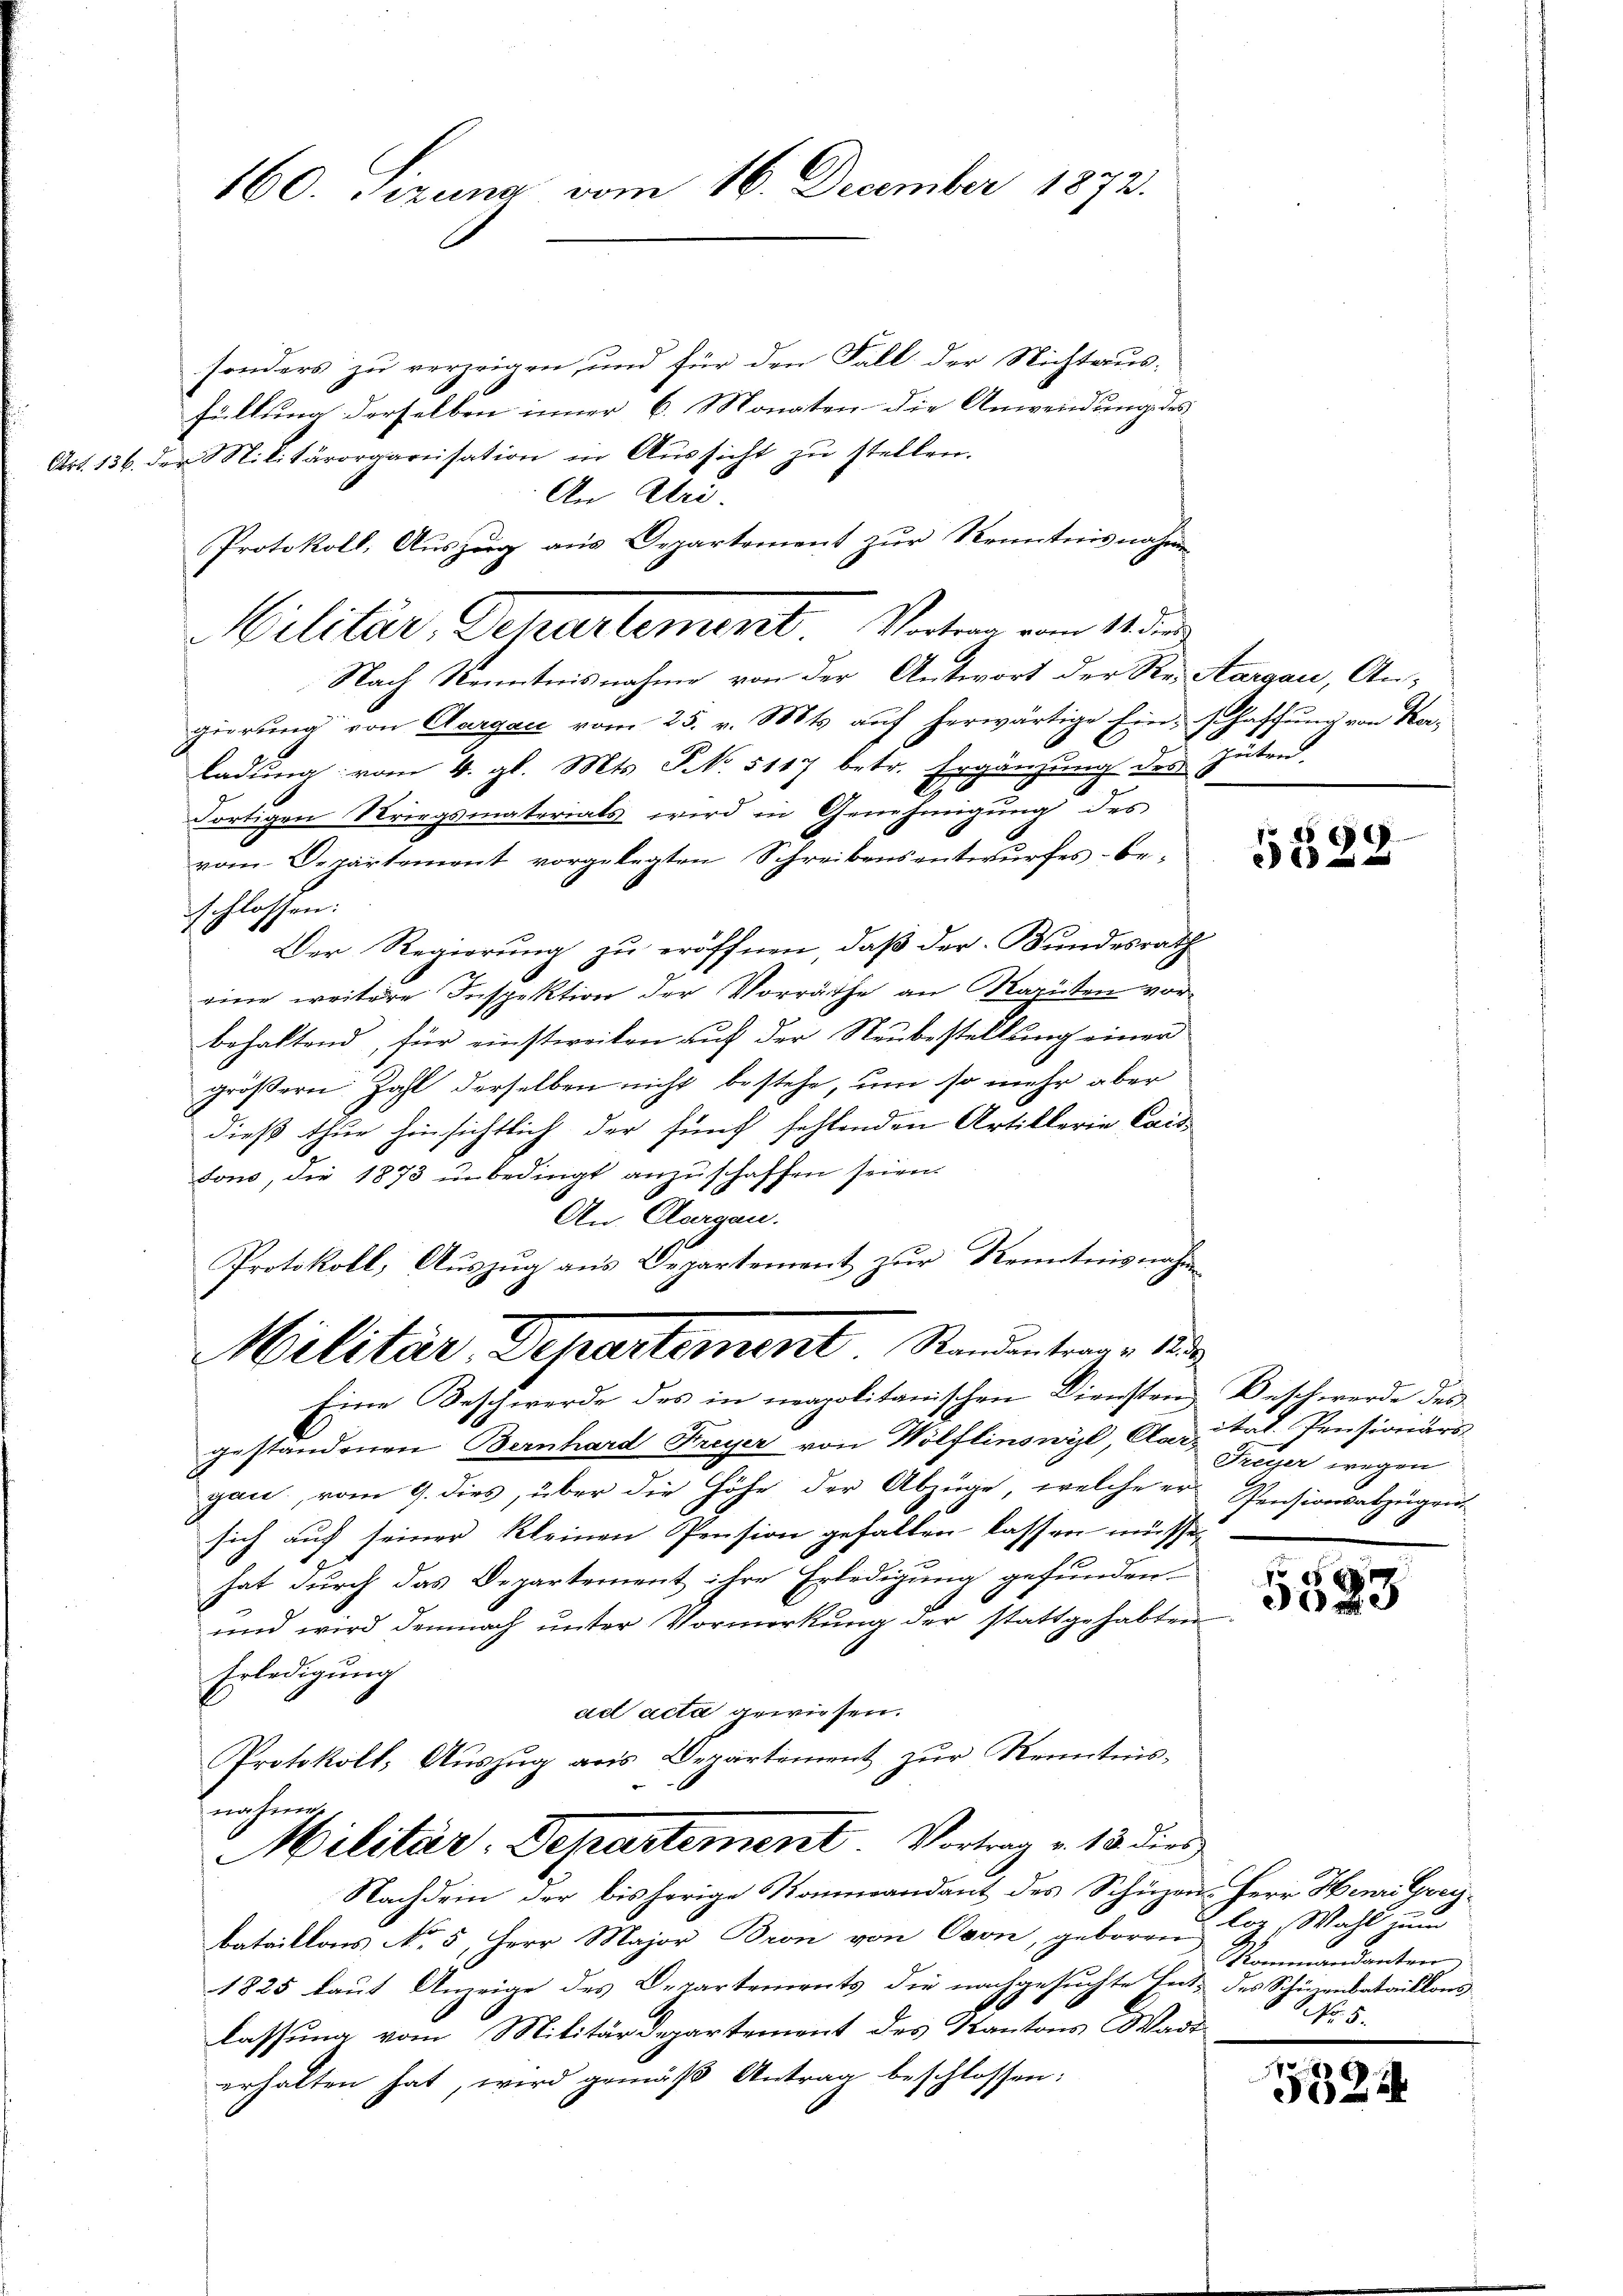
160. Jezuna vom 16. December 1872.

sonders zu verzeigen, und für den Fall der Nichtausfüllung derselben inner 6. Monaten die Anwendung des
Art. 136. der Militärorganisation in Aŭssicht zŭ stellen.
An And.
Protokoll, Auszug aus Departement zur Kenntnisnahmen
Nach Kenntnisnahme von der Antwort der Re- Aargau, Angierung von Aargau vom 25. v. Mts. auf herwärtige Einschaffung von Horladung vom 4. gl. Mts. NNo. 5117 betr. Ergänzung des Guten.
Fortigen Kriegsmaterials wird in Genehmigung des
vom Departement vorgelegten Schreibensentwurfes beschlossen:
Der Regierung zu eröffnen, daß der Bundesrath
eine weitere Inspektion der Vorräthe an Maputen vorbehaltend, für einstweilen auf der Neubestellung einer
größern Zahl derselben nicht bestehe, um so mehr aber
dieß thur hinsichtlich der fünf fehlenden Artillerie Cais-
tom, die 1873 unbedingt anzuschaffen seien.
An Aargau.
Protokoll, Auszug aus Departement zur Kenntnisnahmen

Militär, Departement. Vorten vom 11. den

Militär, Departement Standentrage 18

Eine Beschwerde des in neapolitanischen Diensten Beschwerde des
gestandenen Bernhard Freyer von Wölflinswyl, Catal. Preisionärs
gan, vom 9. dies, über die Höhe der Abzüge, welche er Pensionsabzugen-
sich auf seiner kleinen Pension gefallen lassen müsse,
hat durch das Departement ihre Erledigung gefunden.
und wird demnach unter Vormerkung der stattgehabten
Erledigung
ad acta gewiesen.
Protokoll, Auszug aus Departement zur Kenntnisnahmen.
Militär: Departement. Vortrag v. 18. dies
Nachdem der bisherige Kommandant des Schüzen. Herr Henri Greibataillons No 5, Herr Major Bron von Ovon, geboren loz Wahl
1825 laut Anzeige des Departements die nachgesuchte Ent- des Schinenbataillons-
lassung vom Militärdepartement des Kantons Wadterhalten hat, wird gemäß Antrag beschlossen:

.
1

Freyer wegen

f 0 x
3023

Nammandanten
NNo. 5.

53.